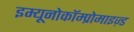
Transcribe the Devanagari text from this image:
इम्यूनोकॉम्प्रोमाइज़्ड